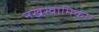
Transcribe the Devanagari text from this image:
नखस्वामिका